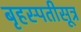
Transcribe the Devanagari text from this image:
बृहस्पतीसूत्र